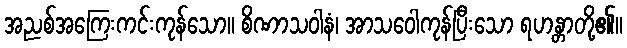
အညစ်အကြေးကင်းကုန်သော။ စိဏာသဝါနံ၊ အာသဝေါကုန်ပြီးသော ရဟန္တာတို့၏။